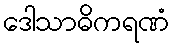
ဒေါသာဓိကရဏံ